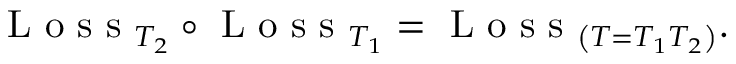
\mathrm { ~ L ~ o ~ s ~ s ~ } _ { T _ { 2 } } \circ \mathrm { ~ L ~ o ~ s ~ s ~ } _ { T _ { 1 } } = \mathrm { ~ L ~ o ~ s ~ s ~ } _ { \left( T = T _ { 1 } T _ { 2 } \right) } .